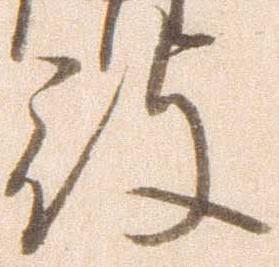
殿